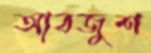
আবজুশ